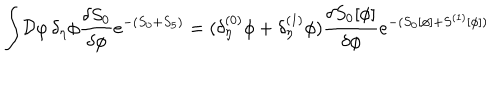
\int \! { \cal D } \varphi \, \delta _ { \eta } \phi { \frac { \delta S _ { 0 } } { \delta \phi } } e ^ { - ( S _ { 0 } + S _ { 5 } ) } = ( \delta _ { \eta } ^ { ( 0 ) } \phi + \delta _ { \eta } ^ { ( 1 ) } \phi ) { \frac { \delta S _ { 0 } [ \phi ] } { \delta \phi } } e ^ { - ( S _ { 0 } [ \phi ] + S ^ { ( 1 ) } [ \phi ] ) }